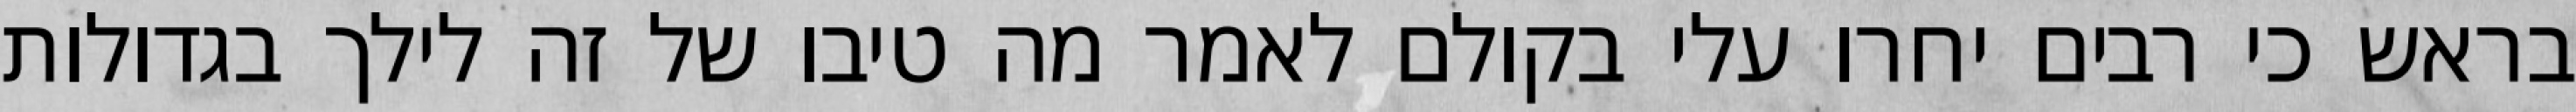
בראש כי רבים יחרו עלי בקולם לאמר מה טיבו של זה לילך בגדולות